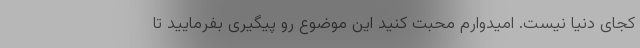
کجای دنیا نیست. امیدوارم محبت کنید این موضوع رو پیگیری بفرمایید تا